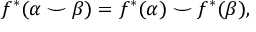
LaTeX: f ^ { * } ( \alpha \smile \beta ) = f ^ { * } ( \alpha ) \smile f ^ { * } ( \beta ) ,